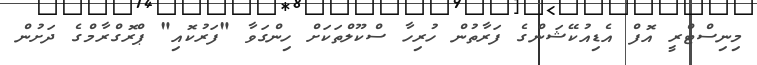
މިނިސްޓްރީ އޮފް އެޑިއުކޭޝަންގެ ފަރާތުން ހުރިހާ ސްކޫލްތަކަށް ހިންގަވާ "ފަރުކޮއި" ޕްރޮގްރާމްގެ ދަށުން